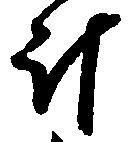
斗